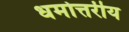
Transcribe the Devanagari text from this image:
धर्मोत्तरीय